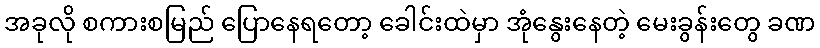
အခုလို စကားစမြည် ပြောနေရတော့ ခေါင်းထဲမှာ အုံနွေးနေတဲ့ မေးခွန်းတွေ ခဏ